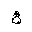
Letter: _ayn